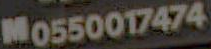
M0550017474